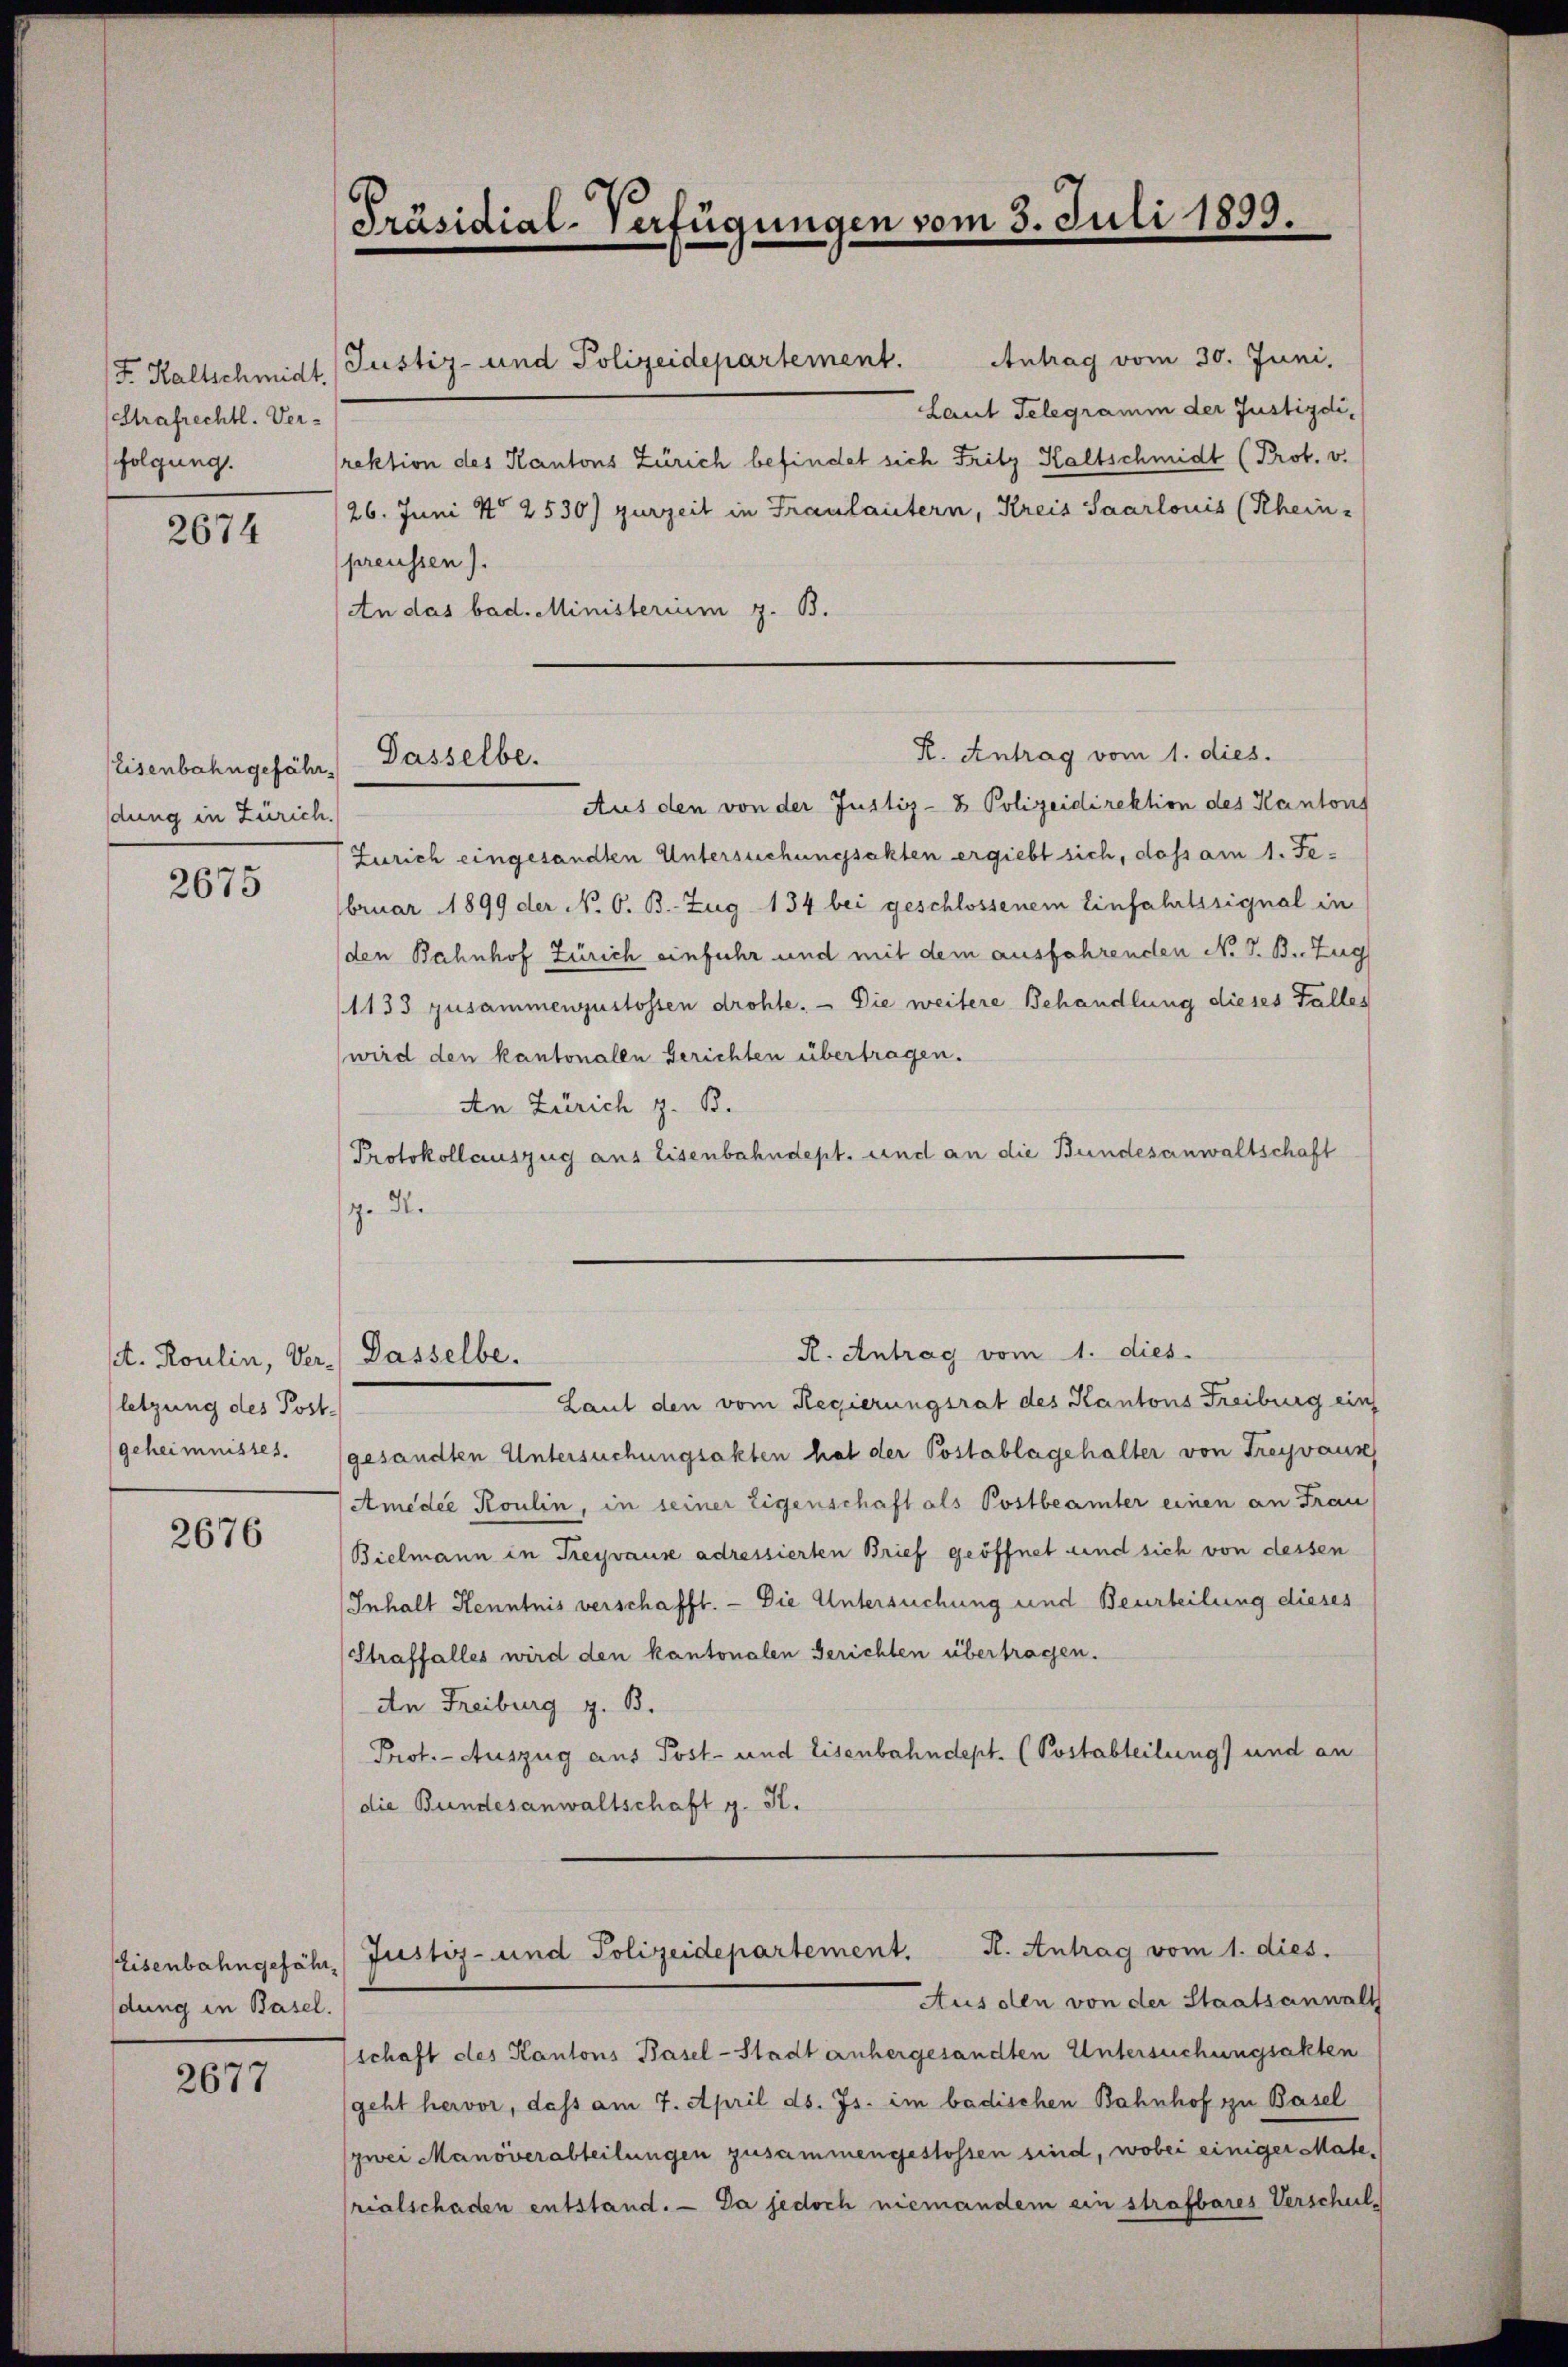
F. Kaltschmidt.
Strafrechtl. Ver-
folgung.

2674

Eisenbahngefährdung in Zürich.

2675

set. Roulin, Ver. Dasselbe.
letzung des Post¬

2676

dung in Basel.

2677

Antrag vom 30. Juni,
Justiz- und Polizeidepartement.
Laut Telegramm der Justizdirektion des Kantons Zürich befindet sich Fritz Kaltschmidt (Prot. v.
26. Juni No 2530) zurzeit in Franlautern, Kreis Saarlonis (Rhein-
preussen).
An das bad. Ministerium z. B.

[Präsidial-Verfügungen vom 3. Juli 1893.

Dasselbe.

Aus den von der Justiz- & Polizeidirektion des Kantons
Zürich eingesandten Untersuchungsakten ergiebt sich, dass am 1. Februar 1899 der N. O. B. Zug 134 bei geschlossenem Einfahrtssignal in
den Bahnhof Zürich einfuhr und mit dem ausfahrenden No V. B. Zug
1133 zusammenzustossen drohte. — Die weitere Behandlung dieses Falles
wird den kantonalen berichten übertragen.
An Zürich z. B.
Protokollauszug aus Eisenbahndept. und an die Bundesanwaltschaft
ge de

Laut den vom Regierungsrat des Kantons Freiburg ein
geheimnisses. (gesandten Untersuchungsakten hat der Postablagehalter von Freyvaux
Amedie Roulin, in seiner Eigenschaft als Postbeamter einen an Frau
Bielmann in Freyvause adressierten Brief geöffnet und sich von dessen
Inhalt Kenntnis verschafft. — Die Untersuchung und Beurteilung dieses
Straffalles wird den kantonalen Gerichten übertragen.
An Freiburg z. B.
Prof. - Auszug aus Post- und Eisenbahndept. (Postabteilung) und an
die Bundesanwaltschaft g. S.

R. Antrag vom 1. dies.

R. Antrag vom 1. dies

Eisenbahngefähr Justiz- und Polizeidepartement. K. Antrag vom 1. dies.
Aus den von der Staatsanwalt

schaft des Kantons Basel-Stadt anhergesandten Untersuchungsakten
geht hervor, dass am 7. April ds. Js. im badischen Bahnhof zu Basel
zwei Manöverabteilungen zusammengestossen sind, wobei einiger Materialschaden entstand. — Da jedoch niemandem ein strafbares Verschul¬